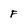
Character: F